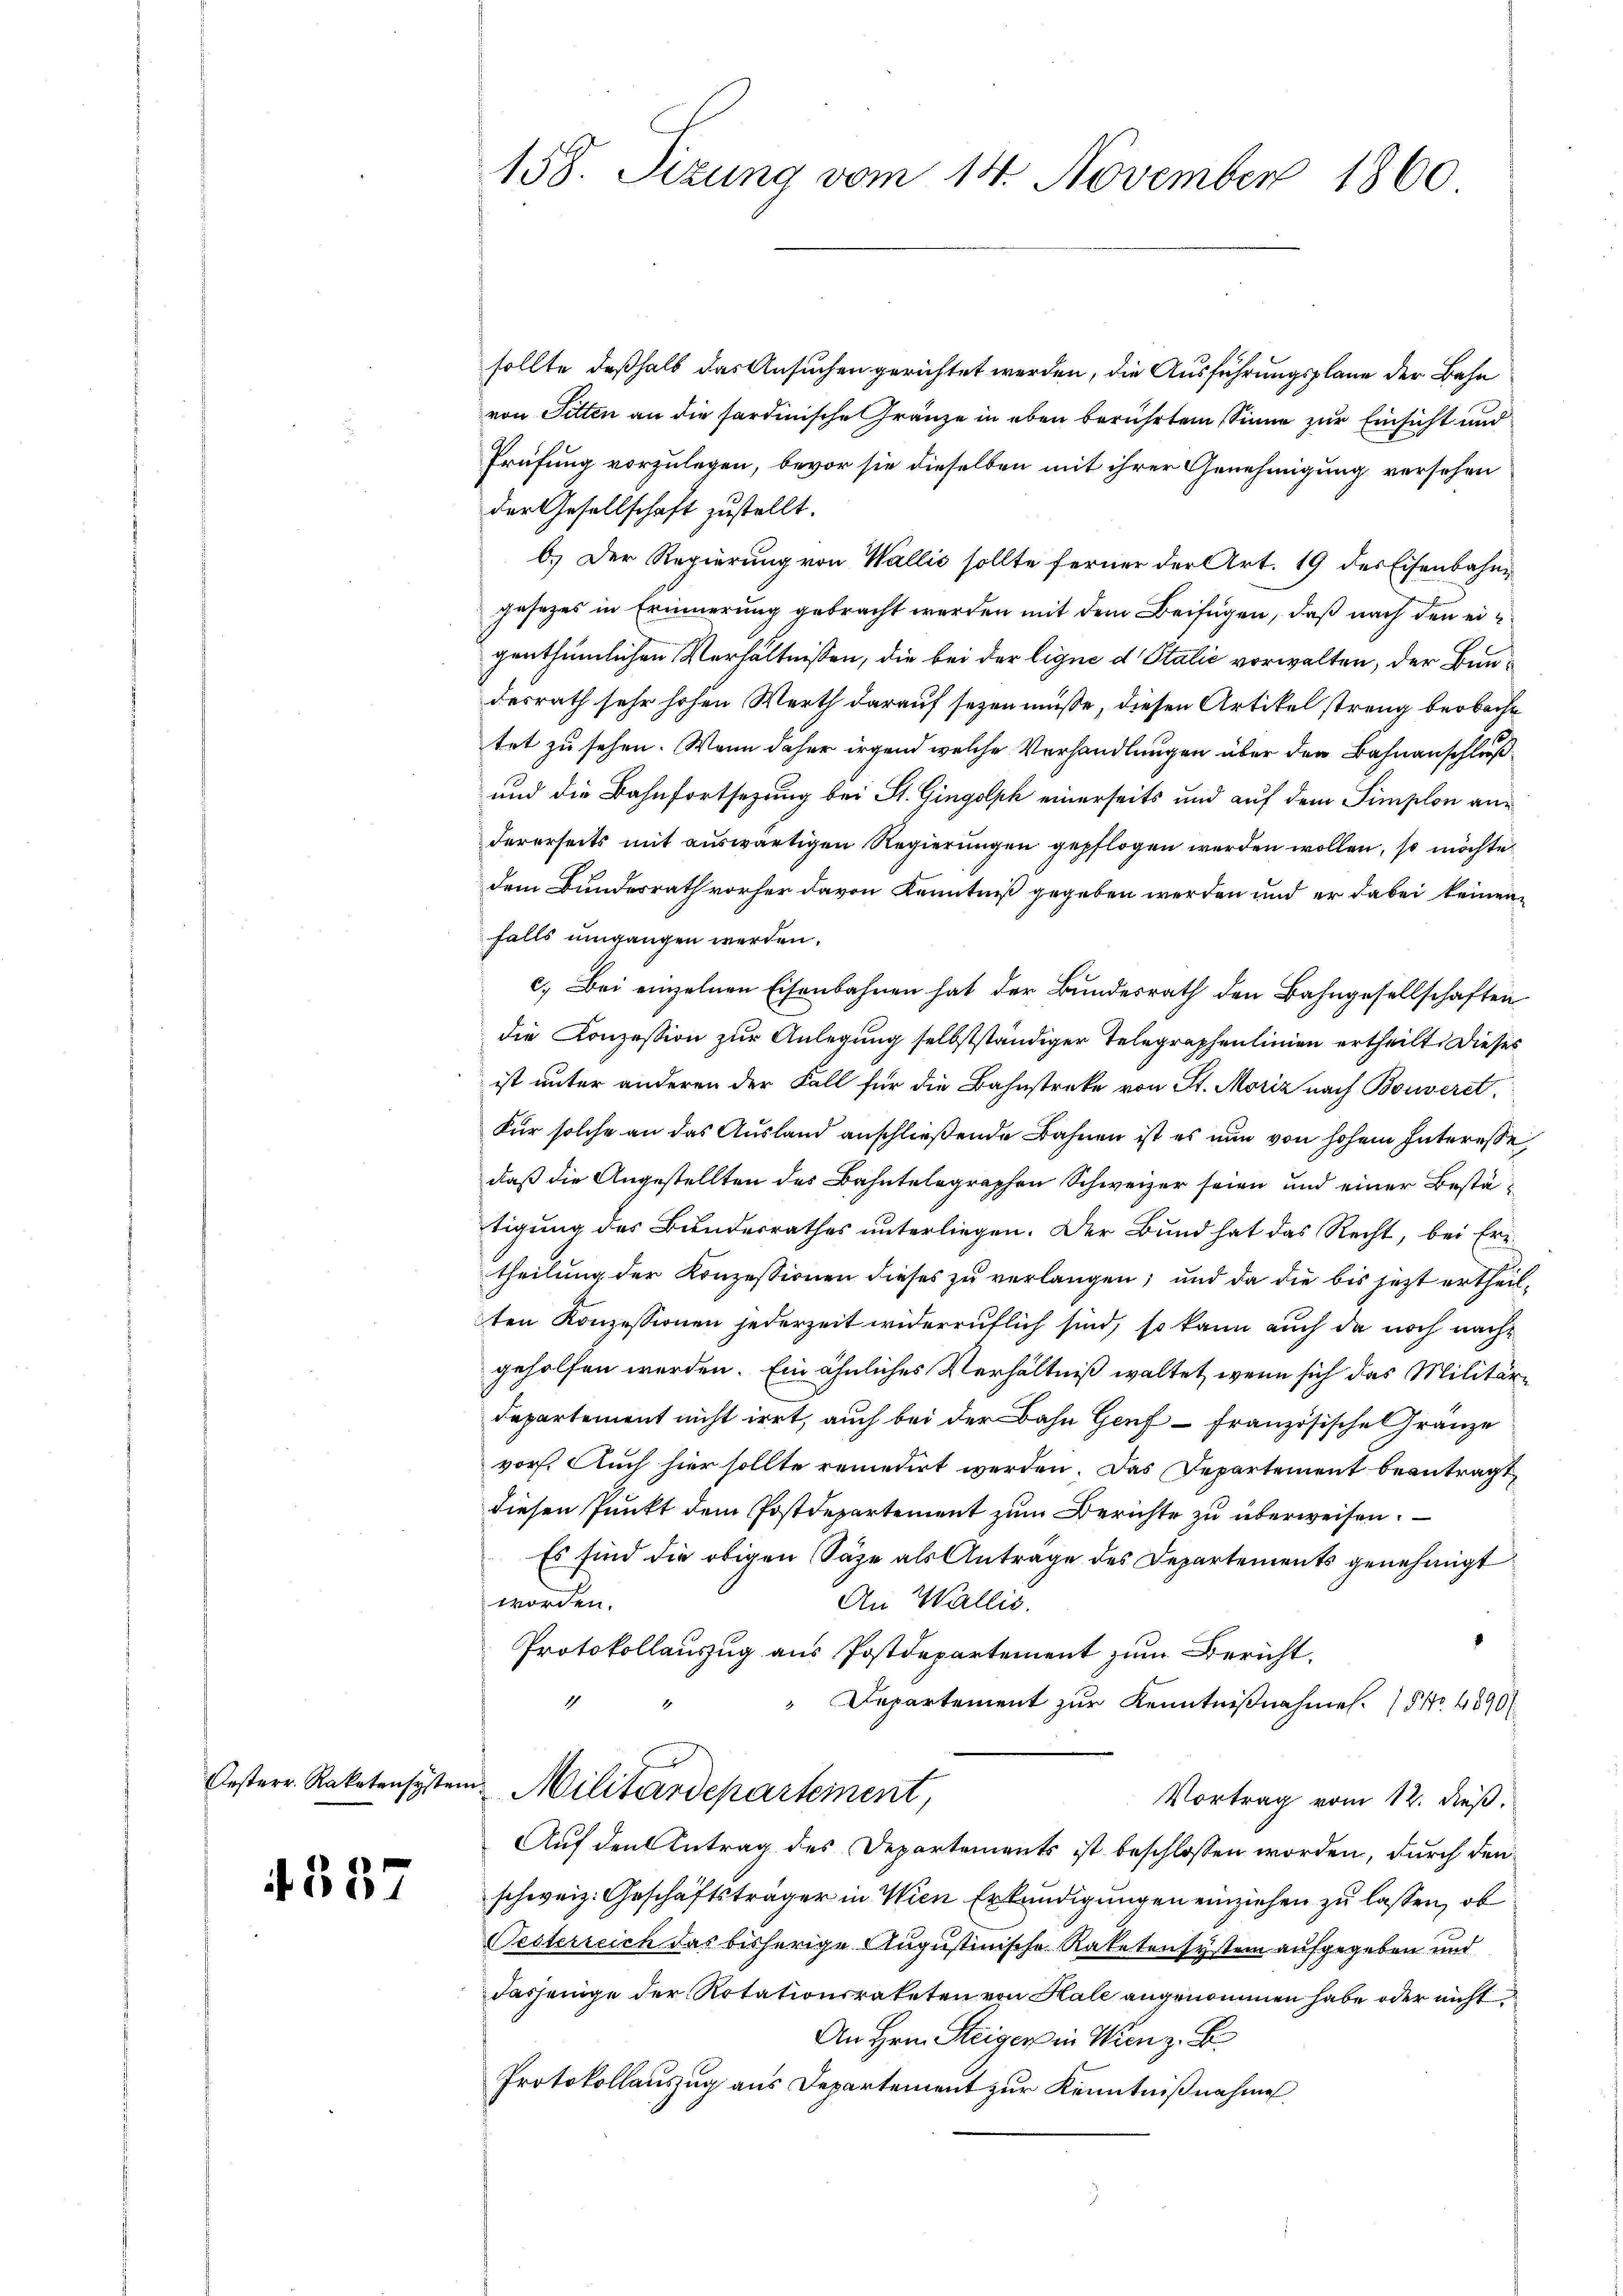
357

158. Sizung vom 14. November 1860

sollte deßhalb das Ansuchen gerichtet werden, die Ausführungsplane der Bahn
von Sitten an die sardinische Gränze in eben berührtem Sinne zur Einsicht und
Prüfung vorzulegen, bevor sie dieselben mit ihrer Genehmigung versehen
der Gesellschaft zustellt.
b.) Der Regierung von Wallis sollte ferner der Art. 19 des Eisenbahn
gesezes in Erinnerung gebracht werden mit dem Beifügen, daß nach den eigenthümlichen Verhältnissen, die bei der ligne d. Statić vorwalten, der Bundesrath sehr hohen Werth darauf sezen müsse, diesen Artikel streng beobacht
tet zu sehen. Wenn daher irgend welche Verhandlungen über den Bahnanschluß
und die Bahnfortsetzung bei St. Gingolph einerseits und auf dem Simplon andererseits mit auswärtigen Regierungen gepflogen werden wollen, so möchte
dem Bundesrath vorher davon Kenntniß gegeben werden und er dabei keinen
falls umgangen werden.
c.) Bei einzelnen Eisenbahnen hat der Bundesrath den Bahngesellschaften
die Konzession zur Anlegung selbstständiger Telegraphenlinien ertheilt. Dieses
ist unter anderen der Fall für die Bahnstreke von St. Moriz nach Bouverst
Für solche an das Ausland anschließende Bahnen ist es nun von hohem Interesse
daß die Angestellten des Bahntelegraphen Schweizer seien und einer Bestätigung des Bundesrathes unterliegen. Der Bund hat das Recht, bei Er-
theilung der Konzessionen dieses zu verlangen; und da die bis jezt ertheilten Konzessionen jederzeit widerruflich sind, so kann auch da noch nachgeholfen werden. Ein ähnliches Verhältniß waltet, wenn sich das Militär¬
Departement nicht irrt, auch bei der Bahn Genf französische Gränze
vor. Auch hier sollte remedirt werden. Das Departement beantragt,
diesen Punkt dem Postdepartement zum Berichte zu überweisen.
Es sind die obigen Säge als Antrage des Departements genehmigt
worden.
An Wallis.
Protokollauszug aus Postdepartement zum Bericht.
" Departement zur Kenntnißnahmen. (§ No. 4890/
1
Oesterr. Rakatensystem Militärdepartement
Vortrag vom 12. dieß.
Auf den Antrag des Departements ist beschlossen worden, durch den
schweiz. Geschäftsträger in Wien Erkundigungen einziehen zu lassen, ob
Pesterreich das bisherige Augustinische Ratetensystem aufgegeben und
dasjenige der Rotationsrateten von Hale angenommen habe oder nicht
An Hrn. Steiger in Wien z. B.
Protokollauszug aus Departement zur Kenntnißnahme